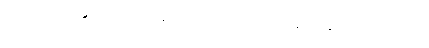
ထမင်းက အရမ်း များနေရင် သေးငယ်တဲ့ ပန်းကန်ထဲ ခွဲထည့်ပါ။